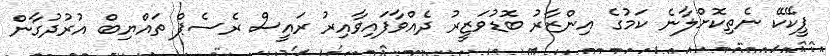
ޕީކޭކޭ ނެތިކޮށްލާނެ ކަމުގެ އިންޒާރު ބޮޑުވަޒީރު ދެއްވާފައިވާއިރު ރައީސް ރެސެޕް ތައްޔިބް އުރުދުގާން